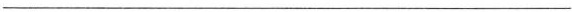
___